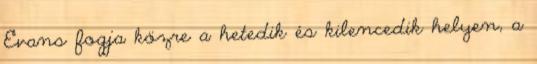
Evans fogja közre a hetedik és kilencedik helyen, a